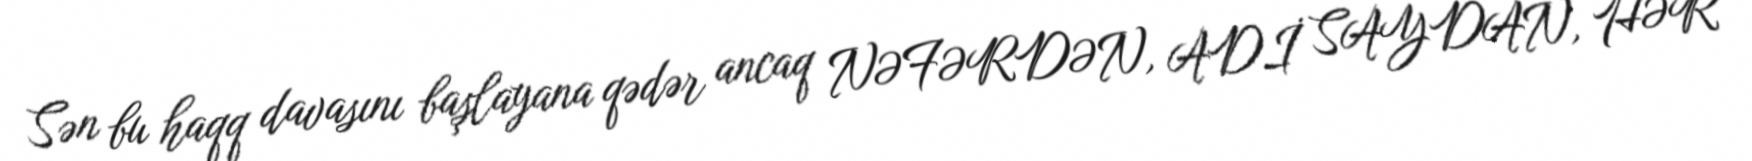
Sən bu haqq davasını başlayana qədər ancaq NƏFƏRDƏN, ADİ SAYDAN, HƏR